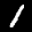
Digit: 1